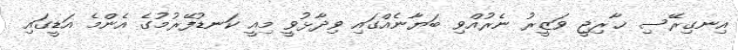
އިނގިރޭސި ޚާރިޖީ ވަޒީރު ނެރުއްވި ބަޔާނެއްގައި ވިދާޅުވީ މިއީ ކަނޑުފޭރުމުގެ އެންމެ އަޑީގައި